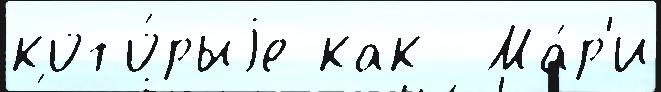
кото́рыjе как  Ма́р'и